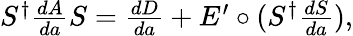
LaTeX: \begin{array}{r}{S^{\dagger}\frac{dA}{da}S=\frac{dD}{da}+E^{\prime}\circ(S^{\dagger}\frac{dS}{da}),}\end{array}